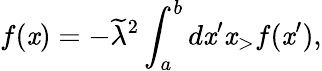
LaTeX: f(\mathit{x})=-\widetilde{\lambda}^{2}\int_{a}^{b}d\mathit{x}^{\prime}\mathit{x}_{>}f(\mathit{x}^{\prime}),